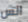
انس